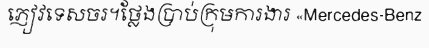
ភ្ញៀវទេសចរ។ថ្លែងប្រាប់ក្រុមការងារ «Mercedes-Benz